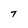
Character: T